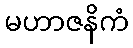
မဟာဇနိကံ